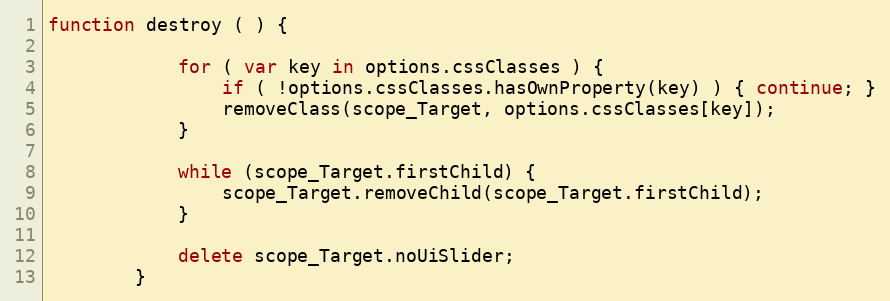
Language: JavaScript
function destroy ( ) {

            for ( var key in options.cssClasses ) {
                if ( !options.cssClasses.hasOwnProperty(key) ) { continue; }
                removeClass(scope_Target, options.cssClasses[key]);
            }

            while (scope_Target.firstChild) {
                scope_Target.removeChild(scope_Target.firstChild);
            }

            delete scope_Target.noUiSlider;
        }